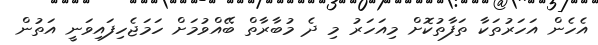
އެހެން އަހަރުތަކާ ތަފާތުކޮށް މިއަހަރު މި ދެ މުބާރާތް ބޭއްވުމަށް ހަމަޖެހިފައިވަނީ އަތުން